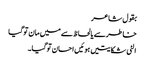
بقول شاعر
خاطرسے یالحاظ سے میں مان توگیا
الٹی شکایتیں ہوئیں احسان توگیا۔